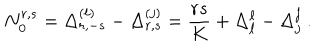
LaTeX: N _ { 0 } ^ { r , s } = \Delta _ { r , - s } ^ { ( \ell ) } - \Delta _ { r , s } ^ { ( j ) } = { \frac { r s } { K } } + \Delta _ { \ell } ^ { \ell } - \Delta _ { j } ^ { j } { } ~ .